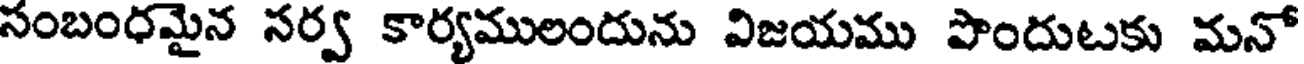
సంబంధమైన సర్వ కార్యములందును విజయము పొందుటకు మనో